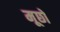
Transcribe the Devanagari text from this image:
मूछो